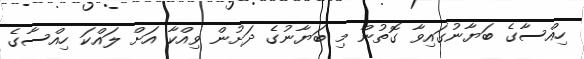
ހިއްސާގެ ބަޔާނުގައިވާ ގޮތުން މި ބަޔާނުގެ ދަށުން ވިއްކާ އަށް ލައްކަ ހިއްސާގެ